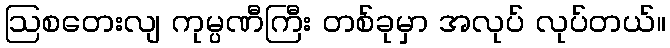
ဩစတေးလျ ကုမ္ပဏီကြီး တစ်ခုမှာ အလုပ် လုပ်တယ်။